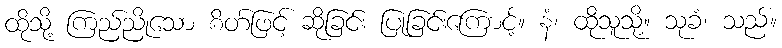
ထိုသို့ ကြည်ညိုသော စိတ်ဖြင့် ဆိုခြင်း ပြုခြင်းကြောင့်။ နံ၊ ထိုသူသို့။ သုခံ၊ သည်။